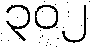
၃၀၂